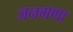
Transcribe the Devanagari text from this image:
जनगणा